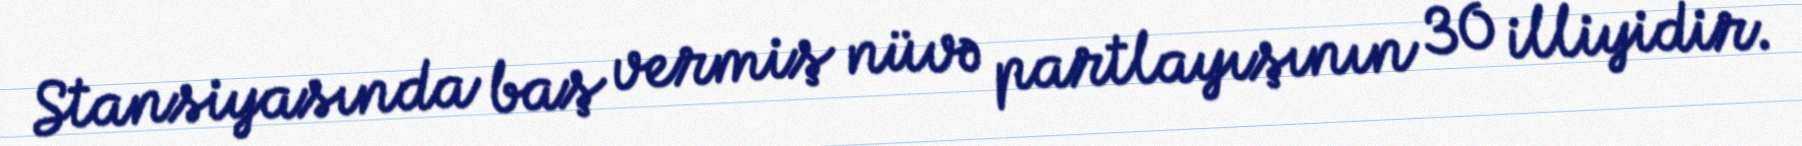
Stansiyasında baş vermiş nüvə partlayışının 30 illiyidir.